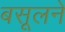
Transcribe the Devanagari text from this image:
बसूलने